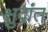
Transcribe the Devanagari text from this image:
क्षुद्रांत